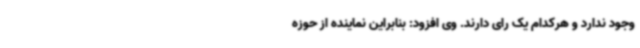
وجود ندارد و هرکدام یک رای دارند. وی افزود: بنابراین نماینده از حوزه